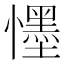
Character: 𭟓